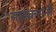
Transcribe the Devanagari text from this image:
सावकरांनी